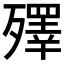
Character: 殬